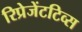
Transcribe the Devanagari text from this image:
रिप्रेजेंटटिव्स